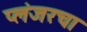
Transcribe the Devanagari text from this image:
प्लंजरचा